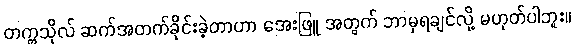
တက္ကသိုလ် ဆက်အတက်ခိုင်းခဲ့တာဟာ အေးဖြူ အတွက် ဘာမှရချင်လို့ မဟုတ်ပါဘူး။